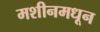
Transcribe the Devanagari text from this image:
मशीनमधून